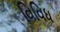
વિવિધ